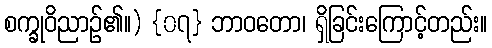
စက္ခုဝိညာဉ်၏။) {၀၇} ဘာဝတော၊ ရှိခြင်းကြောင့်တည်း။